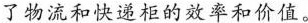
了物流和快递柜的效率和价值。